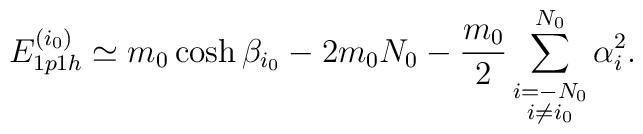
E_{1p1h}^{(i_0)} \simeq m_0 \cosh \beta_{i_0} - 2 m_0 N_0- \frac{m_0}{2} \sum_{\stackrel{\scriptstyle i=-N_0}{i\not= i_0}}^{N_0} \alpha_i^2 .